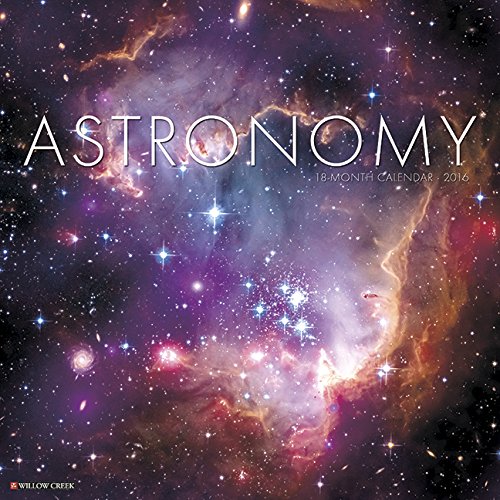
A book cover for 2016 Astronomy Wall Calendar; Willow Creek Press; Science & Math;